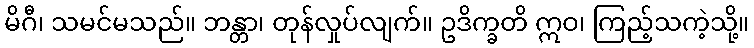
မိဂီ၊ သမင်မသည်။ ဘန္တာ၊ တုန်လှုပ်လျက်။ ဥဒိက္ခတိ ဣဝ၊ ကြည့်သကဲ့သို့။